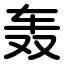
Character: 轰